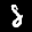
Label: 8